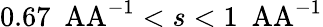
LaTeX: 0.67\ \mathrm{\ AA}^{-1}<s<1\ \mathrm{\ AA}^{-1}